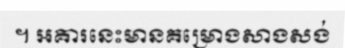
។ អគារនេះមានគម្រោងសាងសង់